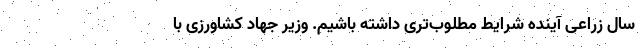
سال زراعی آینده شرایط مطلوب‌تری داشته باشیم. وزیر جهاد کشاورزی با